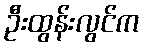
ဦးထွန်းလွင်က